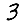
Digit: 3